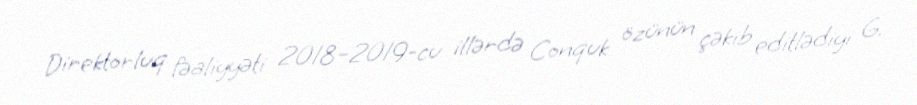
Direktorluq fəaliyyəti 2018–2019-cu illərdə Conquk özünün çəkib editlədiyi G.